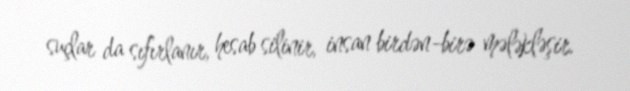
suçlar da sıfırlanır, hesab silinir, insan birdən-birə mələkləşir.